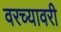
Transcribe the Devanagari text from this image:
वरच्यावरी